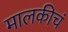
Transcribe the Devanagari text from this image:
मालकीचं